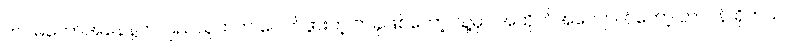
တပ်မတော်အနေနဲ့က ပြည်သူထဲက ပေါက်ဖွားတဲ့ တခုဖြစ်တော့ သူ့မှာ အထိုက်အလျောက်တော့ တာဝန် ရှိတယ်။